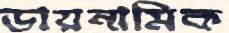
ডায়নামিক